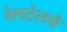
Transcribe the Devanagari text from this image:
रेलटेलचे